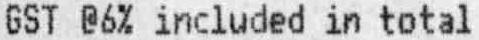
GST @6% INCLUDED IN TOTAL